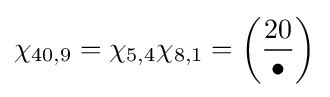
\chi _{40,9}=\chi _{5,4}\chi _{8,1}=\left({\frac {20}{\bullet }}\right)